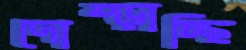
দোম্‌ড়াচ্ছি